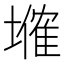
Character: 𡑗